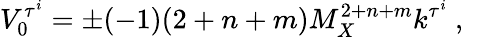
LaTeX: V_{0}^{\tau^{i}}=\pm(-1)(2+n+m)M_{X}^{2+n+m}k^{\tau^{i}}~,~\,